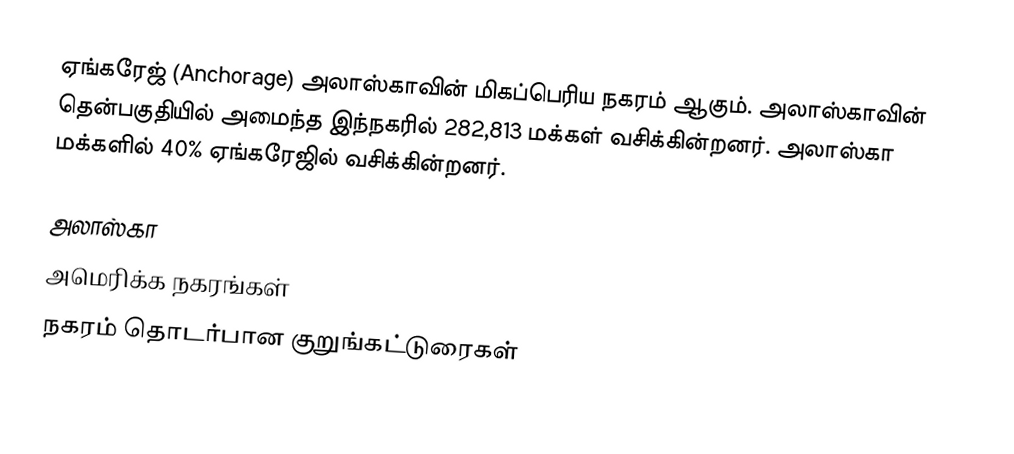
ஏங்கரேஜ் (Anchorage) அலாஸ்காவின் மிகப்பெரிய நகரம் ஆகும். அலாஸ்காவின் தென்பகுதியில் அமைந்த இந்நகரில் 282,813 மக்கள் வசிக்கின்றனர். அலாஸ்கா மக்களில் 40% ஏங்கரேஜில் வசிக்கின்றனர்.

அலாஸ்கா
அமெரிக்க நகரங்கள்
நகரம் தொடர்பான குறுங்கட்டுரைகள்